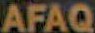
AFAQ